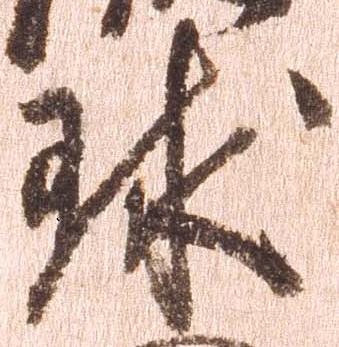
球